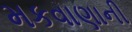
મકવાણાની